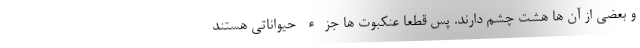
و بعضی از آن ها هشت چشم دارند. پس قطعاً عنکبوت ها جزء حیواناتی هستند